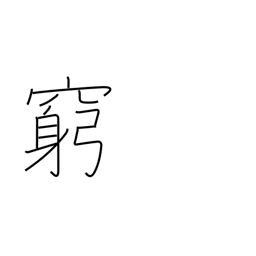
Meaning: hard up